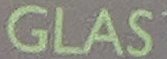
GLAS